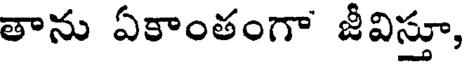
తాను ఏకాంతంగా జీవిస్తూ,